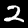
Label: 2